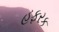
હફરક